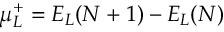
\mu _ { L } ^ { + } = E _ { L } ( N + 1 ) - E _ { L } ( N )